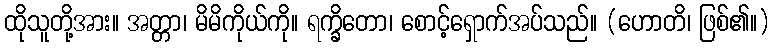
ထိုသူတို့အား။ အတ္တာ၊ မိမိကိုယ်ကို။ ရက္ခိတော၊ စောင့်ရှောက်အပ်သည်။ (ဟောတိ၊ ဖြစ်၏။)